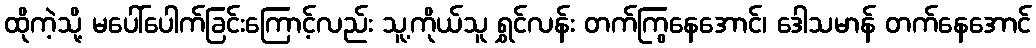
ထိုကဲ့သို့ မပေါ်ပေါက်ခြင်းကြောင့်လည်း သူ့ကိုယ်သူ ရွှင်လန်း တက်ကြွနေအောင်၊ ဒေါသမာန် တက်နေအောင်